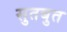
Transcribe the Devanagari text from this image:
सुतबुत